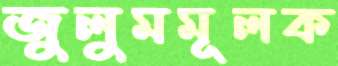
জুলুমমূলক